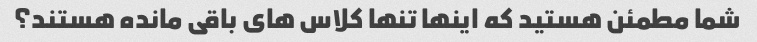
شما مطمئن هستید که اینها تنها کلاس های باقی مانده هستند؟